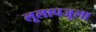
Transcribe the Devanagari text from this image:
लूलापजूला